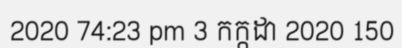
2020 74:23 pm 3 កក្កដា 2020 150